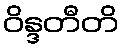
ဝိန္ဒတီတိ